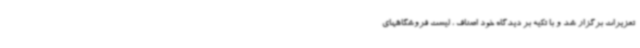
تعزیرات برگزار شد و با تکیه بر دیدگاه خود اصناف ، لیست فروشگاههای